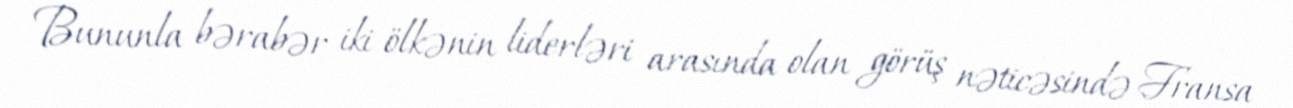
Bununla bərabər iki ölkənin liderləri arasında olan görüş nəticəsində Fransa